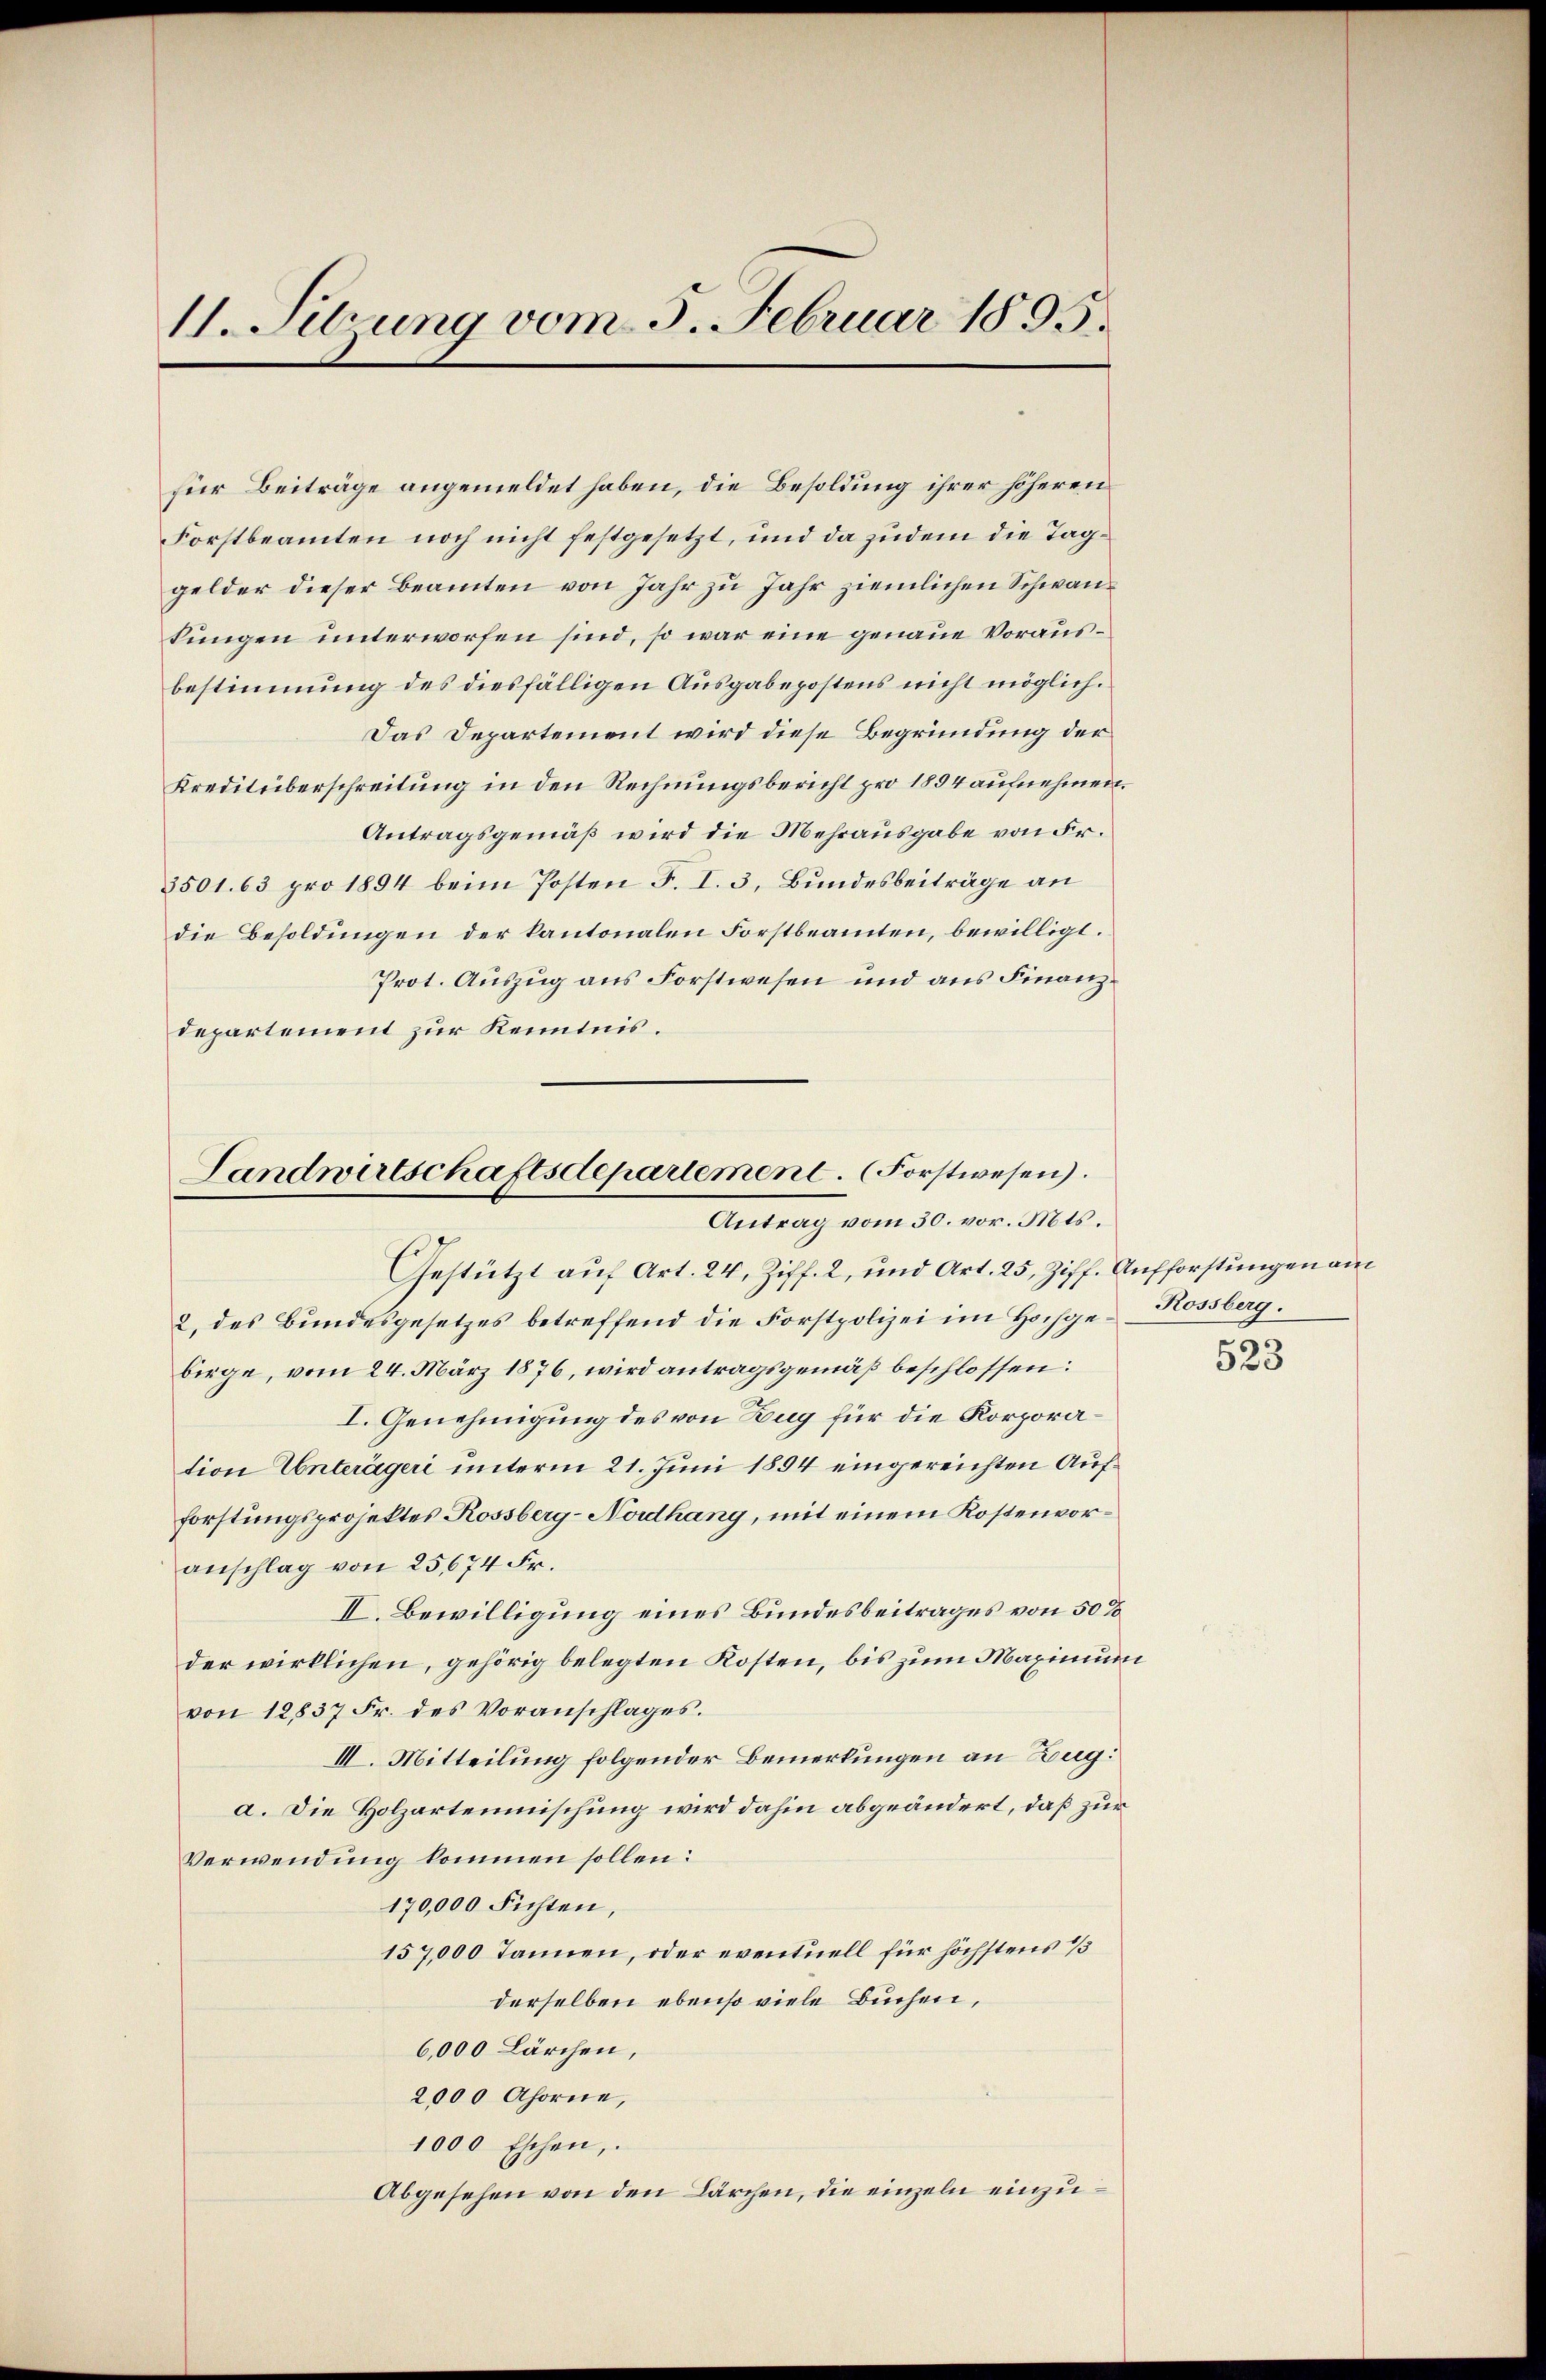
11. Sebung vom 5. Februar 1895.

für Beiträge angemeldet haben, die Besoldung ihrer höheren
Forstbeamten noch nicht festgesetzt, und da zudem die Taggelder dieser Beamten von Jahr zu Jahr ziemlichen Schwankungen unterworfen sind, so war eine genaue Vorausbestimmung des diesfälligen Ausgabepostens nicht möglich.
Das Departement wird diese Begründung der
Kreditüberschreitung in den Rechnungsbericht pro 1894 aufnehmen.
Antragsgemäß wird die Mehrausgabe von Fr.
3501. 63 pro 1894 beim Posten F. I. 3. Bundesbeiträge an
die Besoldungen der kantonalen Forstbeamten, bewilligt.
Prot. Auszug aus Forstwesen und aus Finanzdepartement zur Kenntnis.

Gestützt auf Art. 24, Ziff. 2, und Art. 25, Ziff. Aufforstungen am
2, des Bundesgesetzes betreffend die Forstpolizei im Hochge-Kossberg.
birge, vom 24. März 1876, wird antragsgemäß beschlossen:
I. Genehmigung des von Zug für die Korporation Unterägeri unterm 21. Juni 1894 eingereichten Aufforstungsprojektes Rossberg-Norhang, mit einem Kostenvoranschlag von 25,674 Fr.
II. Bewilligung eines Bundesbeitrages von 50 x
der wirklichen, gehörig belegten Kosten, bis zum Maximum
von 12837 Fr. des Voranschlages.
III. Mitteilung folgender Bemerkungen an Zug:
a. Die Holzartenmischung wird dahin abgeändert, daß zur
Verwendung kommen sollen:
170,000 Fichten,
157,000 Tannen, oder eventuell für höchstens 1/3
derselben ebenso viele Buchen,
6,000 Lärchen,
2000 Ahorne,
1000 Eschen,
Abgesehen von den Lärchen, die einzeln einzu¬

Landwirtschaftsdepartement. (Forstwesen).
Antrag vom 30. vor. Mts.

523